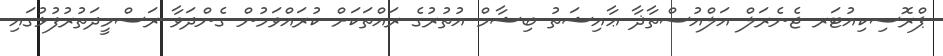
ޕްރޮސިކިއުޓަރ ޖެނެރަލް އަލްއުސްތާޛާ ޢާއިޝަތު ބިޝާމް އުތުރުގެ ރައްތަކަށް ކުރައްވަމުން ގެންދަވާ ރަސްމީދަތުރުފުޅުގައި